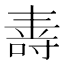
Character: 𭉠